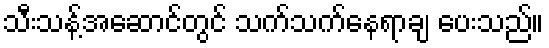
သီးသန့်အဆောင်တွင် သက်သက်နေရာချ ပေးသည်။